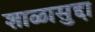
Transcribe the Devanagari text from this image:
शाळासुद्दा